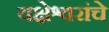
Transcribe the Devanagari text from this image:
यक्षेश्वरांचे